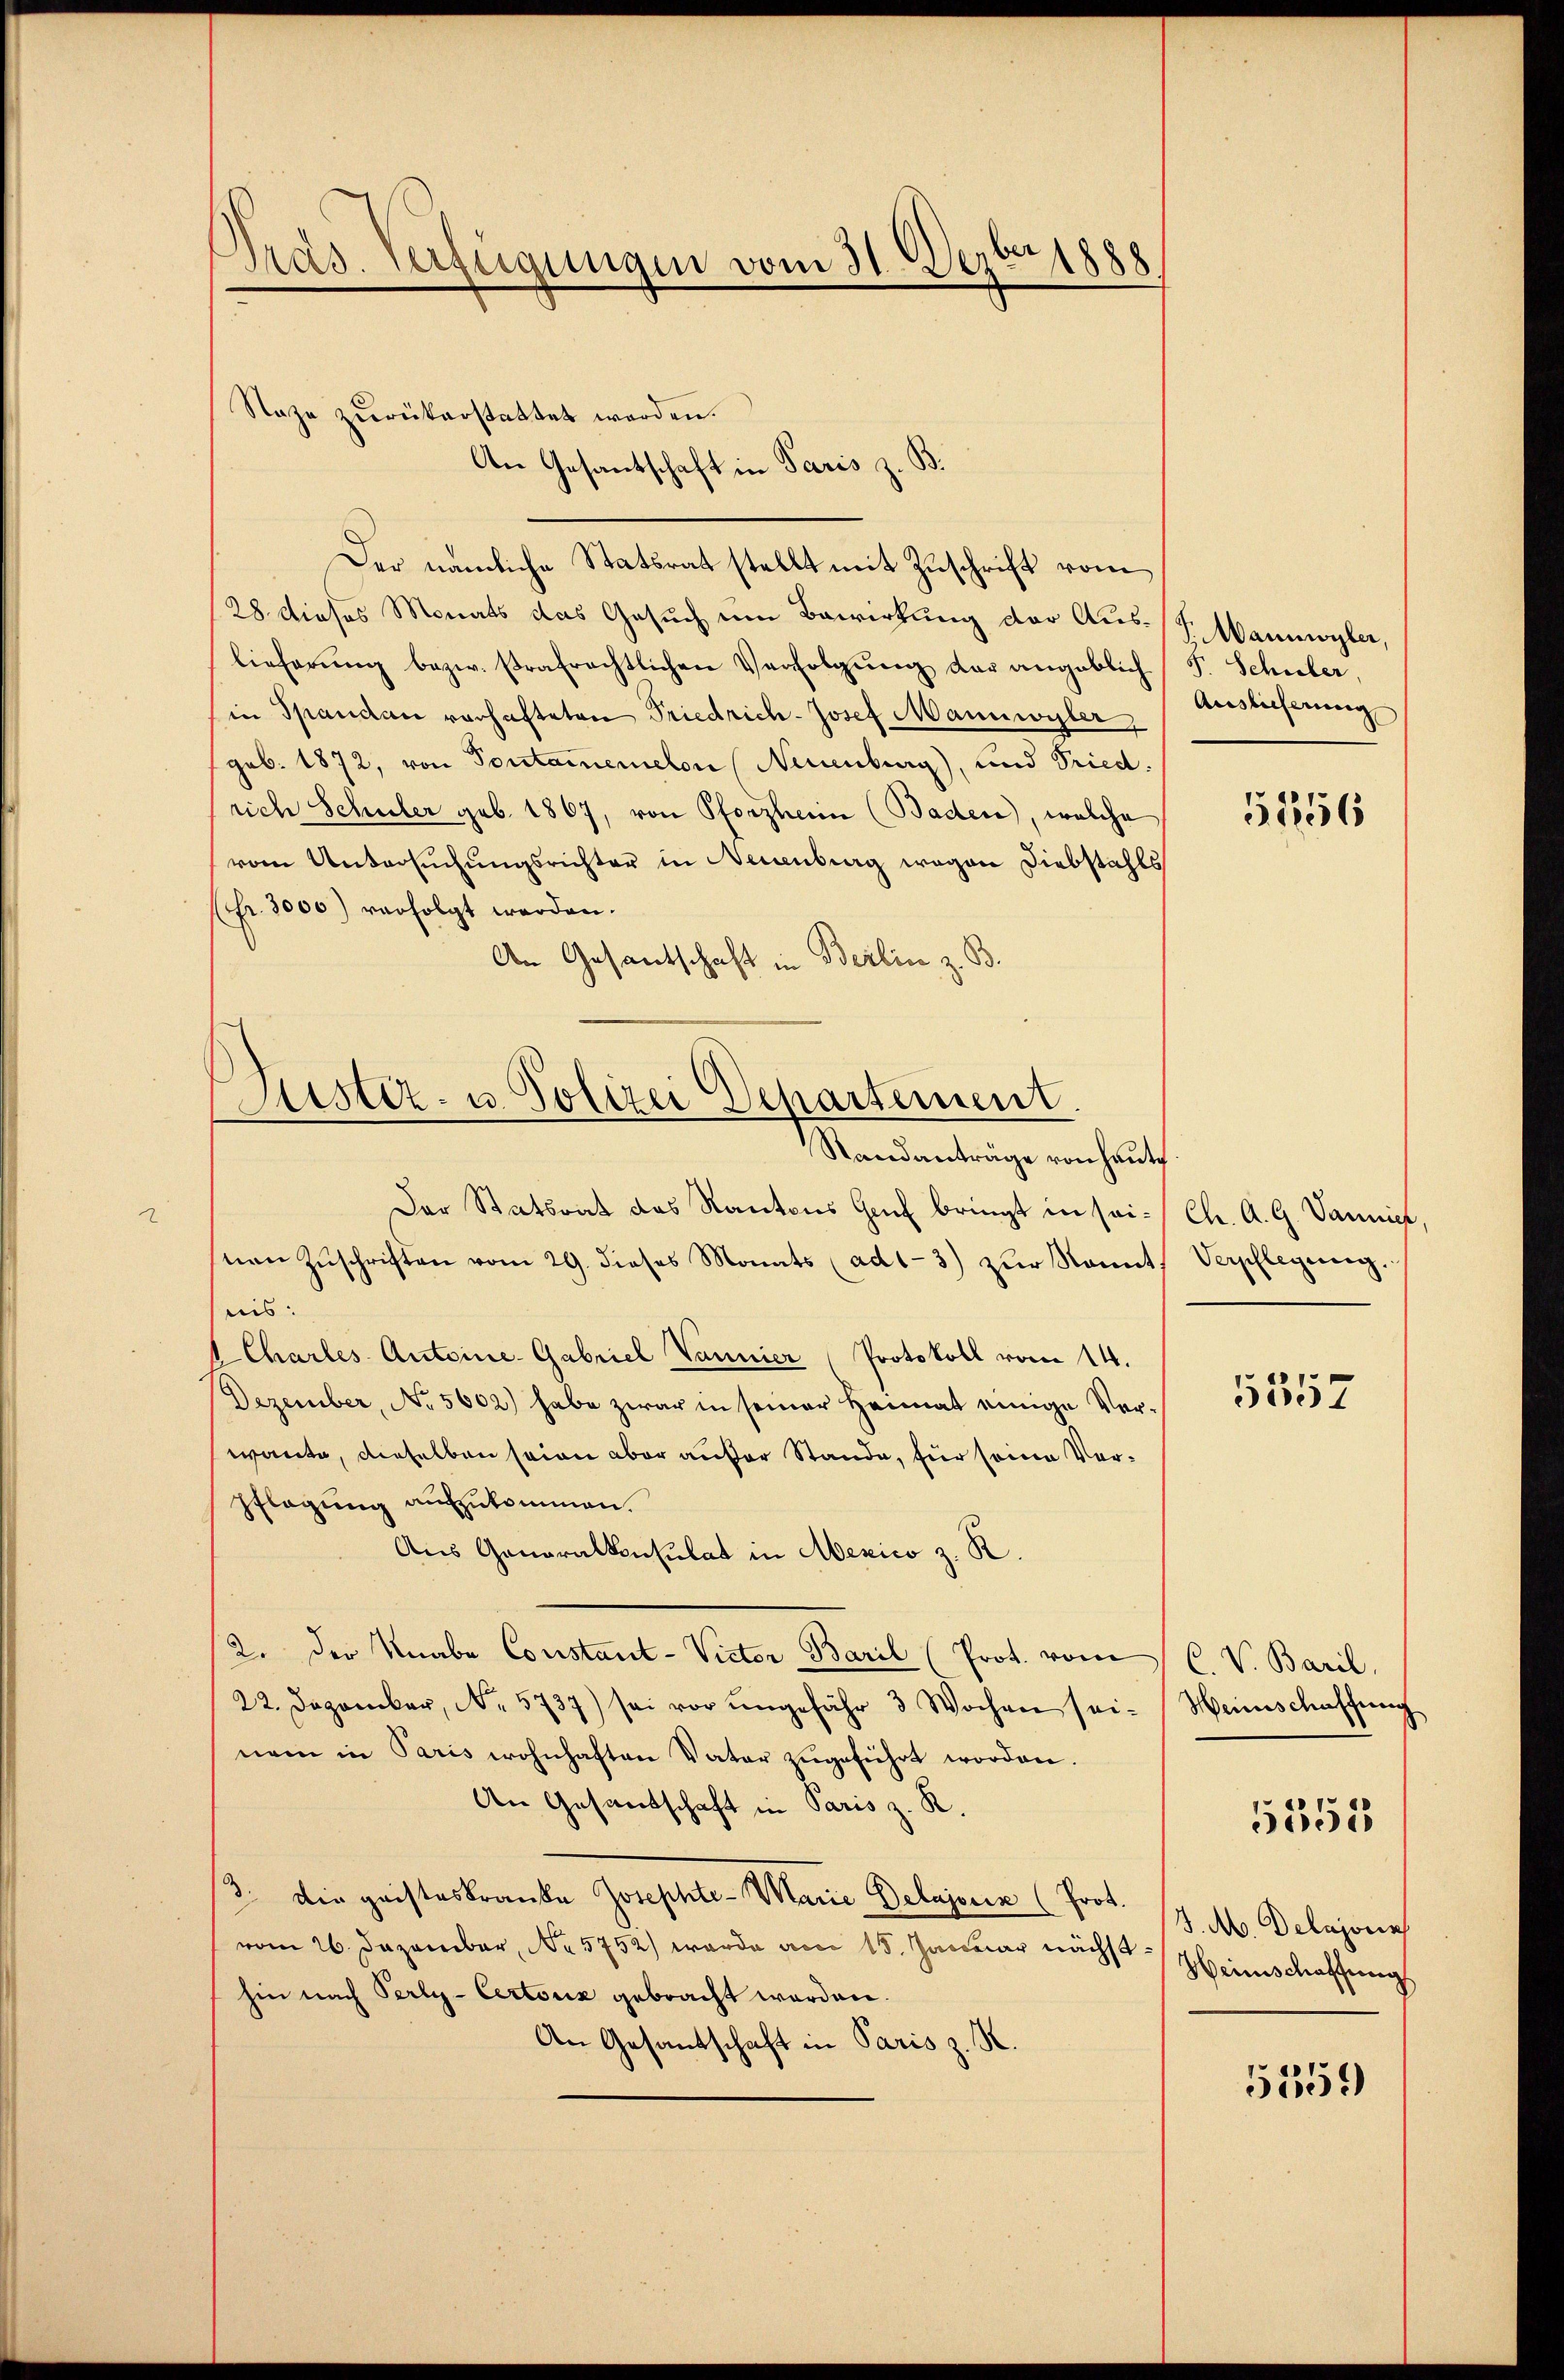
Präs. Verfügungen vom 31. Dezbr 1888

28. Dieses Monats das Gesuch um Bewirkung der Auslieferŭng bezw. strafrechtlichen Verfolgŭng der angeblich F. Schuber,
in Spandau vorhafteten Friedrich-Josef Mannwyler,
geb. 1872, von Sontamenelon Neuenburg), und Fried.
rich Schüler geb. 1867, von Pforzheim (Baden), welche
vom Untersuchungsrichter in Neuenburg wegen Diebstahls
(fr. 3000) verfolgt werden.
An Gesantschaft in Berlin z. B.

Saze zurükerstattet werden.

An Gesantschaft in Paris z. B.
Der nämliche Statsrat stellt mit Zuschrift vom

Der Statsrat das Kantons Genf bringt in sei- / Ch. A. G. Vannige,
nen Zŭschriften vom 29. dieses Monats (ad1-3) zur Sonnt
nis:
Chartes Antoine-Gabriel Vannier Protokoll vom 14.
Dezember, No 5602) habe zwar in seiner Heimat einige Verwante, dieselben seien aber aufer Stande, für seine Vor¬
Pflegung aufzukommen.
Aus Ganoralkonsulat in Mexico z. R.
2. der Knabe Constant-Vieter Baril (Prot. vom C. V. Baril
22. Dezember, No. 5737) sei vor ungefähr 3 Wochen seinem in Paris wohnhaften Vater zŭgeführt worden.
An Gesandschaft in Paris z. R.
3. Die geisteskranke Josephte- Marie Delajorin (Prot. 17. A. Delajors
vom 26. Dezember, No 5752) wurde am 15. Januar nächsthin nach Perly-Certorz gebracht werden.
An Gesantschaft in Paris z. K.

Justiz- u. Polizei Departement.
Standanträge von heute

Wannwyler,
Auslieferung

5156

Verpflegung.

5557

Weinschaffung
Heimschaffung

5355

5559